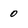
Character: 0